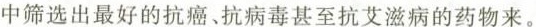
中筛选出最好的抗癌、抗病毒甚至抗艾滋病的药物来。